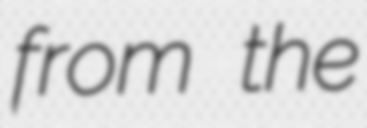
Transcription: from the